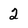
Character: 2